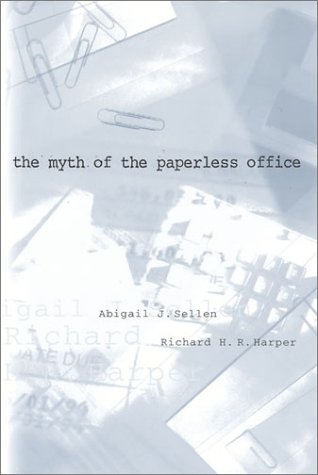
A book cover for The Myth of the Paperless Office; Abigail J. Sellen; Business & Money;